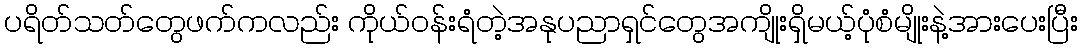
ပရိတ်သတ်တွေဖက်ကလည်း ကိုယ်ဝန်းရံတဲ့အနုပညာရှင်တွေအကျိုးရှိမယ့်ပုံစံမျိုးနဲ့အားပေးပြီး